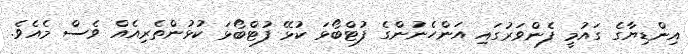
އިންޑިޔާގެ ގައުމީ ފެންވަރުގައި އަންހެނުންގެ ފުޓްބޯޅަ ކުޅޭ ފުޓްބޯޅަ ކުޅުންތެރިއެއް ވެސް މެއެވެ.